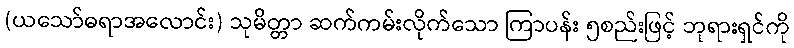
(ယသော်ဓရာအလောင်း) သုမိတ္တာ ဆက်ကမ်းလိုက်သော ကြာပန်း ၅စည်းဖြင့် ဘုရားရှင်ကို